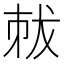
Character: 𠀽